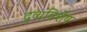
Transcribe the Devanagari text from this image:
द्रव्यविशेष